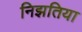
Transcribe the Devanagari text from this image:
निझतिया